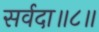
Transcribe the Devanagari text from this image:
सर्वदा॥८॥